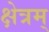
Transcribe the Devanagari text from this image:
क्षेत्रम्